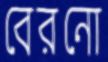
বেরনো